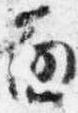
面